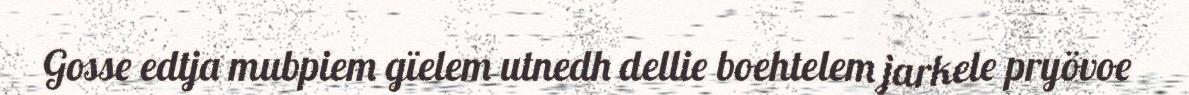
Gosse edtja mubpiem gïelem utnedh dellie boehtelem jarkele pryövoe